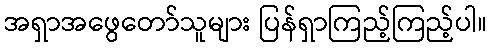
အရှာအဖွေတော်သူများ ပြန်ရှာကြည့်ကြည့်ပါ။